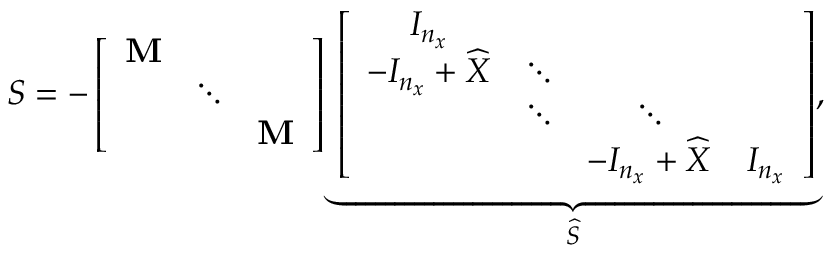
S = - \left[ \begin{array} { c c c c } { \mathbf { M } } \\ & { \ddots } \\ & & { \mathbf { M } } \end{array} \right] \underbrace { \left[ \begin{array} { c c c c } { I _ { n _ { x } } } \\ { - I _ { n _ { x } } + \widehat { X } } & { \ddots } \\ & { \ddots } & { \ddots } \\ & & { - I _ { n _ { x } } + \widehat { X } } & { I _ { n _ { x } } } \end{array} \right] } _ { \widehat { S } } ,